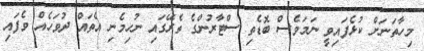
މިހާތަނަށް ކުޅެފައިވީ ނަމަވެސް ބޮޑެތި ސްޓާރުންގެ ތެރޭގައި ނުހިމެނި އެތައް ދުވަހެއް ވެފައި